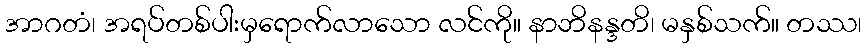
အာဂတံ၊ အရပ်တစ်ပါးမှရောက်လာသော လင်ကို။ နာဘိနန္ဒတိ၊ မနှစ်သက်။ တဿ၊